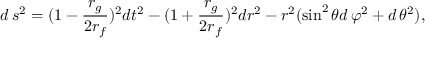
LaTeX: d \, s ^ { 2 } = ( 1 - \frac { r _ { g } } { 2 r _ { f } } ) ^ { 2 } d t ^ { 2 } - ( 1 + \frac { r _ { g } } { 2 r _ { f } } ) ^ { 2 } d r ^ { 2 } - r ^ { 2 } ( \sin ^ { 2 } \theta d \, \varphi ^ { 2 } + d \, \theta ^ { 2 } ) ,